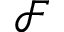
\mathcal { F }